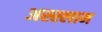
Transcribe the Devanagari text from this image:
अस्‍स्‍लाम